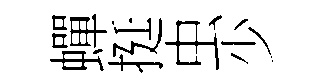
蟬挺虫少